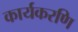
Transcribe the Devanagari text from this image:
कार्यकरणि